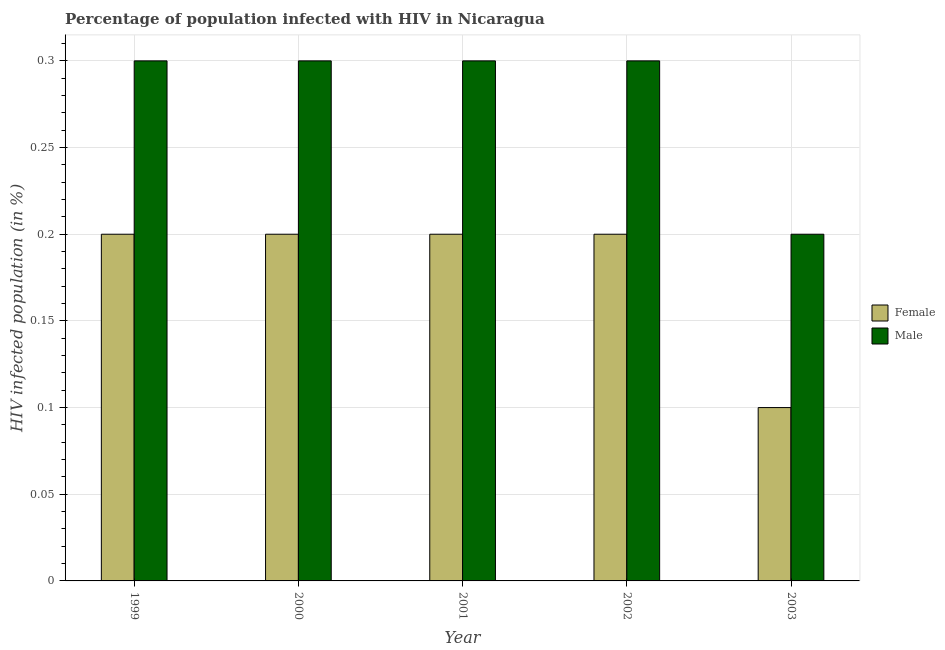
| Year | Female | Male |
 | --- | --- | --- |
 | 1999 | 0.2 | 0.3 |
 | 2000 | 0.2 | 0.3 |
 | 2001 | 0.2 | 0.3 |
 | 2002 | 0.2 | 0.3 |
 | 2003 | 0.1 | 0.2 |